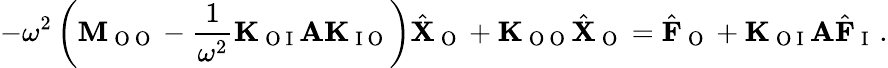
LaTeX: -\omega^{2}\left(\mathbf{M}_{\mathrm{~O~O~}}-\frac{1}{\omega^{2}}\mathbf{K}_{\mathrm{~O~I~}}\mathbf{A}\mathbf{K}_{\mathrm{~I~O~}}\right)\hat{\mathbf{X}}_{\mathrm{~O~}}+\mathbf{K}_{\mathrm{~O~O~}}\hat{\mathbf{X}}_{\mathrm{~O~}}=\hat{\mathbf{F}}_{\mathrm{~O~}}+\mathbf{K}_{\mathrm{~O~I~}}\mathbf{A}\hat{\mathbf{F}}_{\mathrm{~I~}}\, .